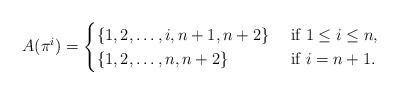
LaTeX: \begin{align*}A(\pi^i)=\begin{cases}\{1,2,\dots,i,n+1,n+2\} & \textrm{ if $1\le i \le n$,} \\\{1,2,\dots,n,n+2\} & \textrm{ if $i=n+1$.}\end{cases}\end{align*}